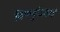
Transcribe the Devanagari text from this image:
विष्णुदैवतं